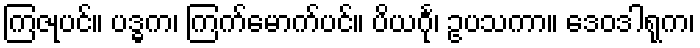
ကြဇုပင်။ ပဒ္ဓက၊ ကြက်မောက်ပင်။ ပိယင်္ဂု၊ ဥပသကာ။ ဒေဝဒါရုက၊